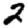
Digit: 2